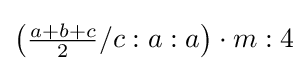
\left({\tfrac {a+b+c}{2}}/c:a:a\right)\cdot m:4